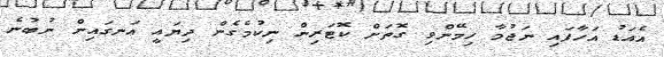
އެއަޑު އަހާފައި ނަޖުމާ ހިމޭންވި ގޮތަށް ކޮޓަރިން ނިކުމެގެން ދިޔައީ އަނގައިން ނުބުނެ